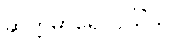
ဆတ္တမာရောပယိံသု